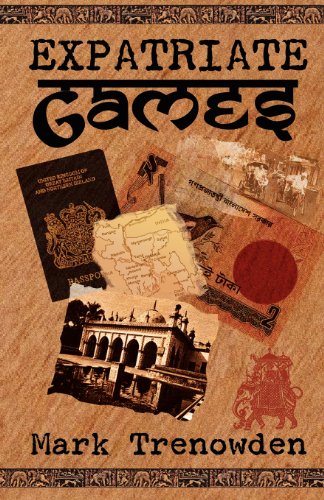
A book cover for Expatriate Games - 662 days in Bangladesh; Mark Trenowden; Travel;